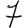
Digit: 7